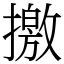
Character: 撽